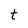
Character: t